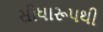
સીધારૂપથી